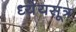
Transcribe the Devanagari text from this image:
ध्येयसूत्र